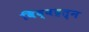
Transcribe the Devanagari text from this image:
विद्वद्रत्न